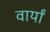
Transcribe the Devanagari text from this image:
वार्यां